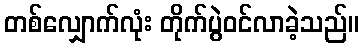
တစ်လျှောက်လုံး တိုက်ပွဲဝင်လာခဲ့သည်။